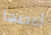
أعجبها